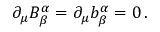
\partial _ { \mu } B _ { \beta } ^ { \alpha } = \partial _ { \mu } b _ { \beta } ^ { \alpha } = 0 \, .